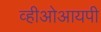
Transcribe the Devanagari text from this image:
व्हीओआयपी